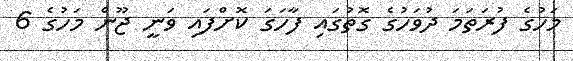
މަހުގެ ފުރަތަމަ ދުވަހުގެ ގޮތުގައި ފާހަގަ ކޮށްފައި ވަނީ ޖޫން މަހުގެ 6